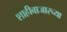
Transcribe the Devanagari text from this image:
शाहीबाजारच्या